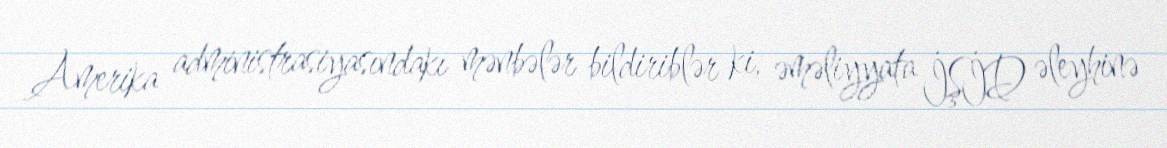
Amerika administrasiyasındakı mənbələr bildiriblər ki, əməliyyata İŞİD əleyhinə